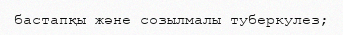
бастапқы және созылмалы туберкулез;